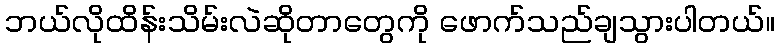
ဘယ်လိုထိန်းသိမ်းလဲဆိုတာတွေကို ဖောက်သည်ချသွားပါတယ်။